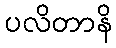
ပလိတာနိ